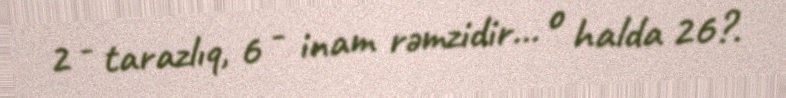
2 - tarazlıq, 6 - inam rəmzidir... o halda 26?.